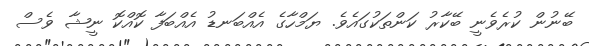
ބޭނުން ކުރެވެނީ ބޭކާރު ކަންތަކުގައެވެ. ޔަމްހާގެ އެއްބަނޑު އެއްބަފާ ކޮއްކޮ ނީޝާ ވެސް